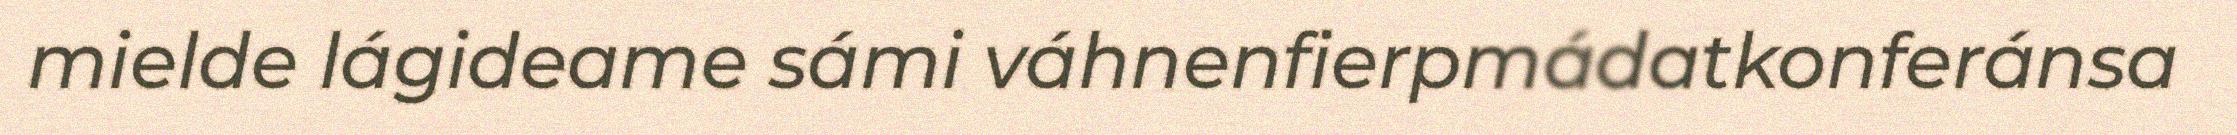
mielde lágideame sámi váhnenfierpmádatkonferánsa